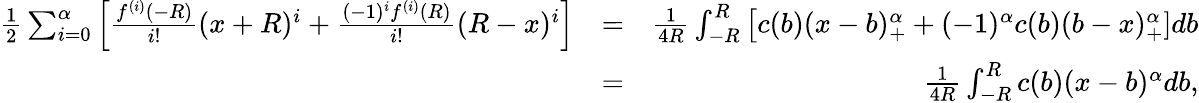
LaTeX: \begin{array}{rlr}{\frac{1}{2}\sum_{i=0}^{\alpha}\Big[\frac{f^{(i)}(-R)}{i!}(x+R)^{i}+\frac{(-1)^{i}f^{(i)}(R)}{i!}(R-x)^{i}\Big]}&{=}&{\frac{1}{4R}\int_{-R}^{R}\big[c(b)(x-b)_{+}^{\alpha}+(-1)^{\alpha}c(b)(b-x)_{+}^{\alpha}]db}\\ &{=}&{\frac{1}{4R}\int_{-R}^{R}c(b)(x-b)^{\alpha}db,}\end{array}